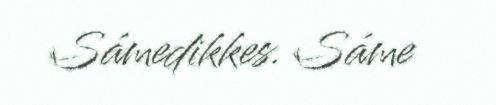
Sámedikkes. Sáme